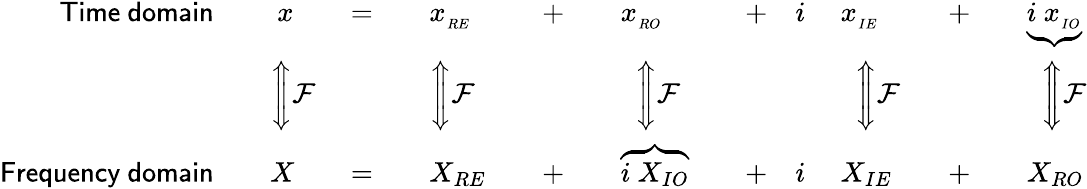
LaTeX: {\begin{array}{rlrlrlrlrl}{{\mathsf{Time\ domain}}\quad}&{\ x\quad}&{=\quad}&{x_{_{RE}}\quad}&{+\quad}&{x_{_{RO}}\quad}&{+\quad i\ }&{x_{_{IE}}\quad}&{+\quad}&{\underbrace{i\ x_{_{IO}}}}\\ &{{\Bigg\Updownarrow}{\mathcal{F}}}&&{{\Bigg\Updownarrow}{\mathcal{F}}}&&{\ \ {\Bigg\Updownarrow}{\mathcal{F}}}&&{\ \ {\Bigg\Updownarrow}{\mathcal{F}}}&&{\ \ {\Bigg\Updownarrow}{\mathcal{F}}}\\ {{\mathsf{Frequency\ domain}}\quad}&{X\quad}&{=\quad}&{X_{RE}\quad}&{+\quad}&{\overbrace{i\ X_{IO}}\quad}&{+\quad i\ }&{X_{IE}\quad}&{+\quad}&{X_{RO}}\end{array}}